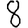
Digit: 8